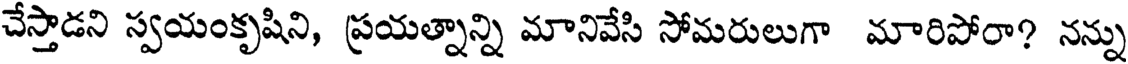
చేస్తాడని స్వయంకృషిని, ప్రయత్నాన్ని మానివేసి సోమరులుగా మారిపోరా? నన్ను